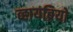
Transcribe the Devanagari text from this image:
व्हायब्रियो